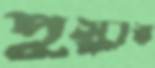
পুস্কার